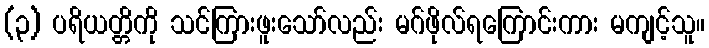
(၃) ပရိယတ္တိကို သင်ကြားဖူးသော်လည်း မဂ်ဖိုလ်ရကြောင်းကား မကျင့်သူ။